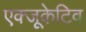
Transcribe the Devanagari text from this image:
एक्‍जूकेटिव